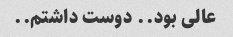
عالی بود.. دوست داشتم..